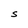
Character: S